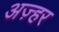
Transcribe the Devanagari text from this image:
अज़्हर